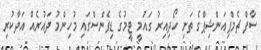
ސާފް ޗެމްޕިއަންޝިޕްގެ ތަށި ހޯދިއިރު ގައުމީ ޓީމުގެ ޑިފެންސްގައި މުހިންމު ދައުރެއް އަދާކުރި